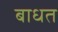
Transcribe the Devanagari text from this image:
बाधत